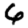
Digit: 6